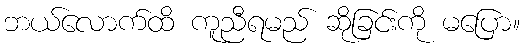
ဘယ်လောက်ထိ ကူညီရမည် ဆိုခြင်းကို မပြော။